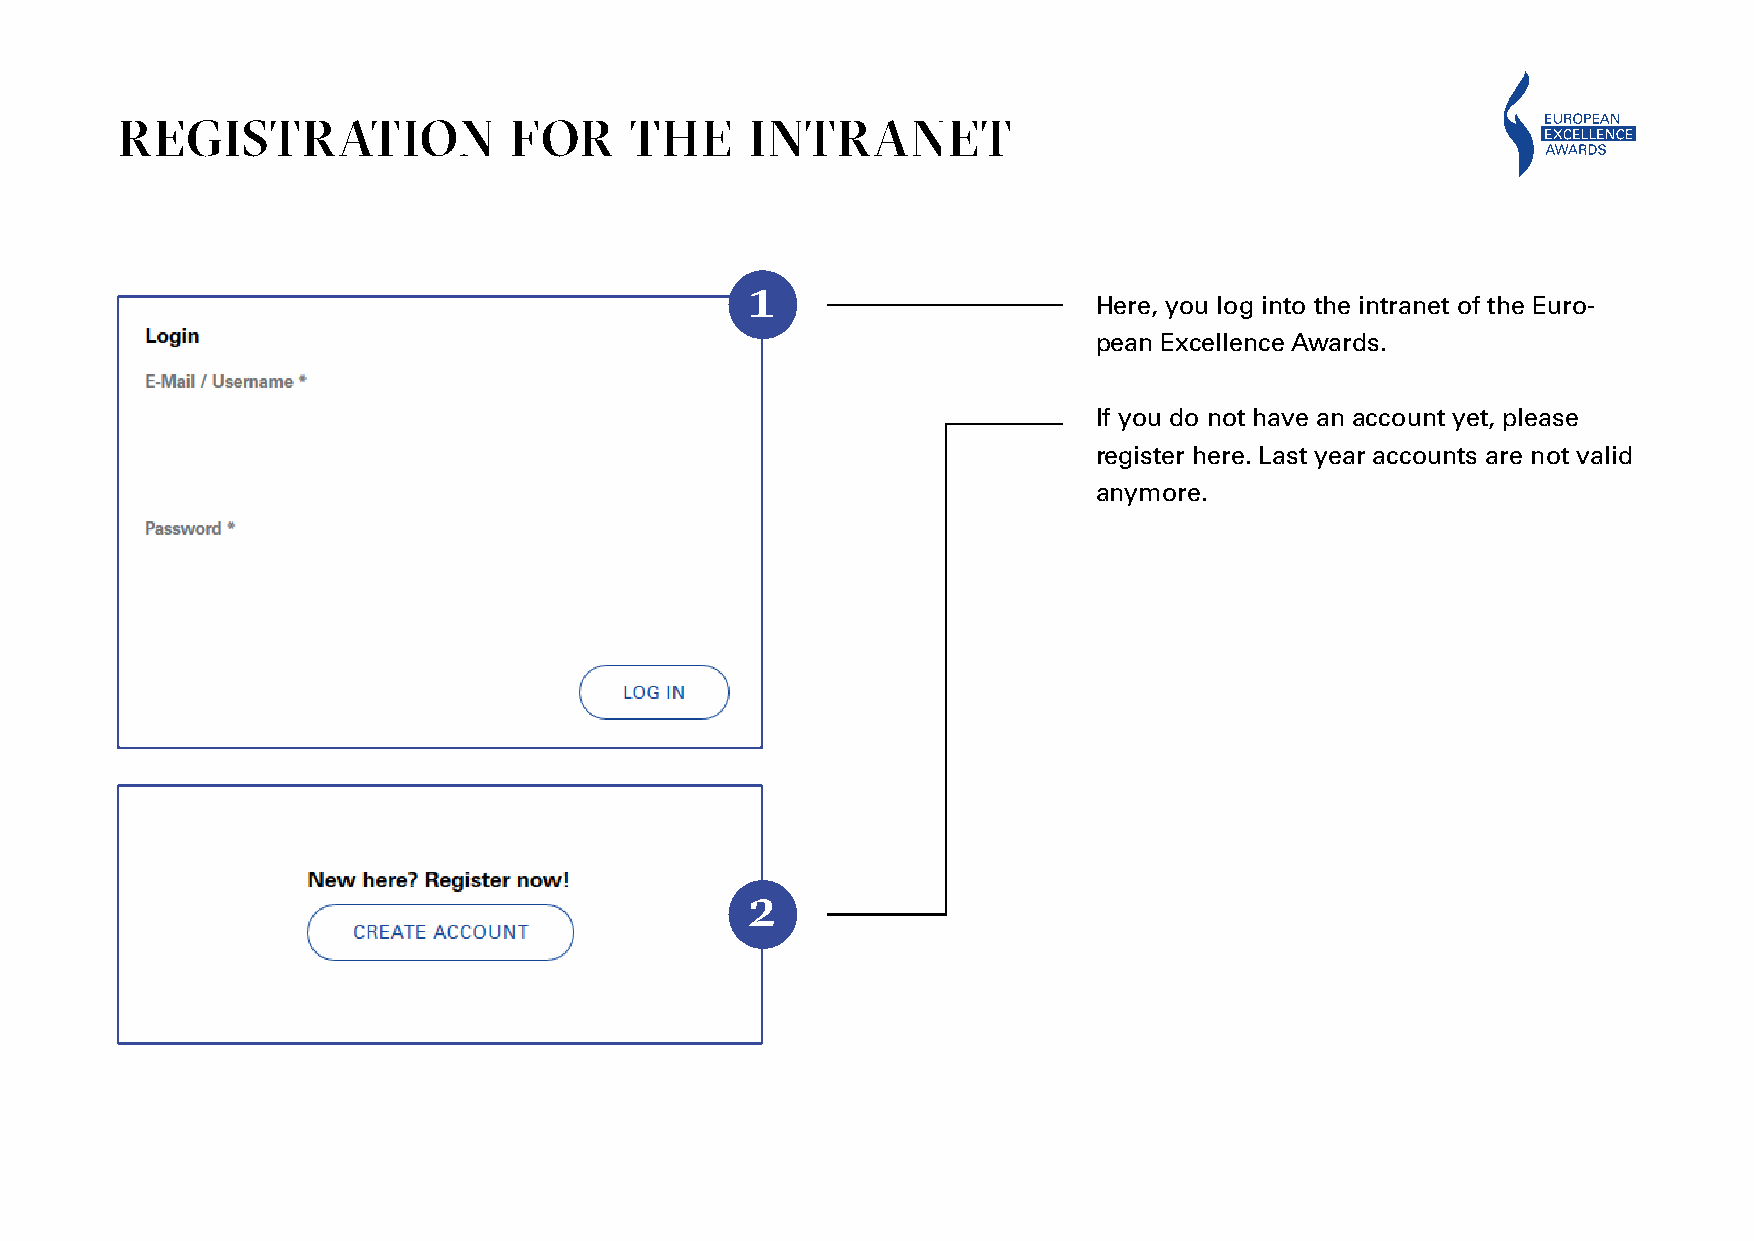
REGISTRATION              FOR     THE     INTRANET
 1
 Here, you log into the intranet of the Euro-
 pean Excellence Awards.
 If you do not have an account yet, please
 register here. Last year accounts are not valid
 anymore.
 2